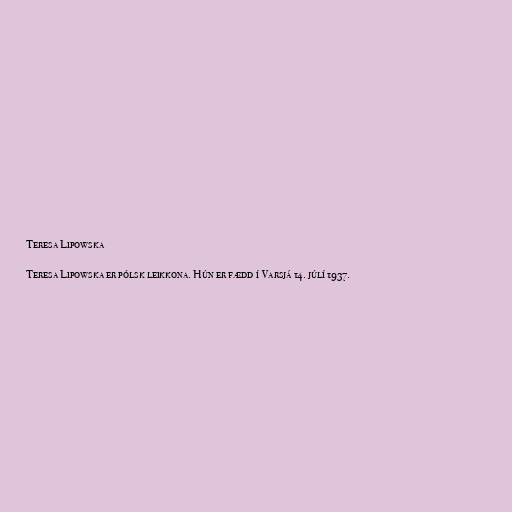
Teresa Lipowska

Teresa Lipowska er pólsk leikkona. Hún er fædd í Varsjá 14. júlí 1937.